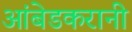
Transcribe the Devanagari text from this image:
आंबेडकरानी